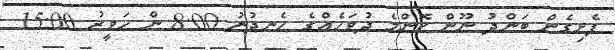
ފެށިގެން ބަންދު ނޫން ކޮންމެ ދުވަހެއްގެ ހެނދުނު 8:00 ން ހަވީރު 15:00